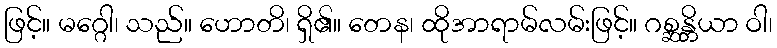
ဖြင့်။ မဂ္ဂေါ၊ သည်။ ဟောတိ၊ ရှိ၏။ တေန၊ ထိုအာရာမ်လမ်းဖြင့်။ ဂစ္ဆန္တိယာ ဝါ၊